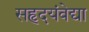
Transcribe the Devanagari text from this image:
सहृदयंवेद्या